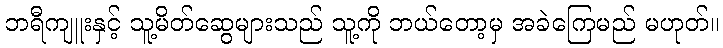
ဘရီကျူးနှင့် သူ့မိတ်ဆွေများသည် သူ့ကို ဘယ်တော့မှ အခဲကြေမည် မဟုတ်။